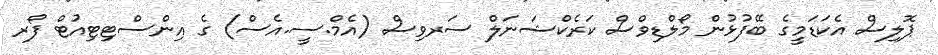
ޕޮލިސް އެކަޑަމީގެ ބޭފުޅުން މޯލްޑިވްސް ކަރެކްޝަނަލް ސަރވިސް (އެމް.ސީ.އެސް) ގެ އިންސްޓިޓިއުޓް ފޯރ